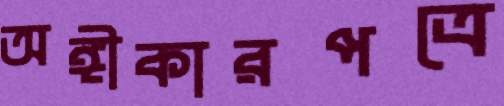
অঙ্গীকারপত্রে